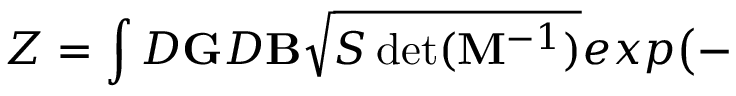
Z = \int { \cal D } { \bf G } { \cal D } { \bf B } \sqrt { S \operatorname * { d e t } ( { \bf M } ^ { - 1 } ) } e x p \big ( -